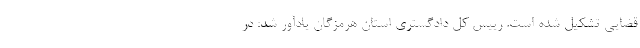
قضایی تشکیل شده است. رییس کل دادگستری استان هرمزگان یادآور شد: در